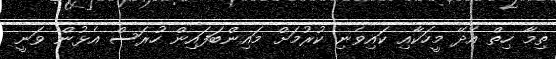
ތިމާ ހިތް އެދޭ މީހަކާއި ކައިވެނި ކުރުމަށް މައިންބަފައިން ހުރަސް އެޅުން ވަނީ